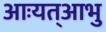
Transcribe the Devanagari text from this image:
आःयत्आभु